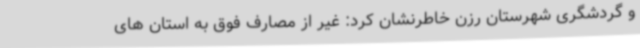
و گردشگری شهرستان رزن خاطرنشان کرد: غیر از مصارف فوق به استان های